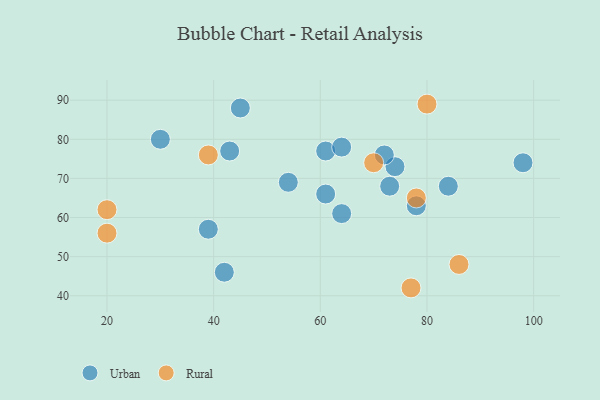
{"axis": {"x": "GDP", "y": "Life Expectancy"}, "legend": ["Rural", "Urban"], "data": [{"x": "78", "y": 63, "type": "Urban"}, {"x": "39", "y": 57, "type": "Urban"}, {"x": "54", "y": 69, "type": "Urban"}, {"x": "30", "y": 80, "type": "Urban"}, {"x": "74", "y": 73, "type": "Urban"}, {"x": "45", "y": 88, "type": "Urban"}, {"x": "43", "y": 77, "type": "Urban"}, {"x": "42", "y": 46, "type": "Urban"}, {"x": "98", "y": 74, "type": "Urban"}, {"x": "61", "y": 66, "type": "Urban"}, {"x": "72", "y": 76, "type": "Urban"}, {"x": "64", "y": 61, "type": "Urban"}, {"x": "61", "y": 77, "type": "Urban"}, {"x": "64", "y": 78, "type": "Urban"}, {"x": "84", "y": 68, "type": "Urban"}, {"x": "73", "y": 68, "type": "Urban"}, {"x": "20", "y": 56, "type": "Rural"}, {"x": "70", "y": 74, "type": "Rural"}, {"x": "78", "y": 65, "type": "Rural"}, {"x": "80", "y": 89, "type": "Rural"}, {"x": "20", "y": 62, "type": "Rural"}, {"x": "86", "y": 48, "type": "Rural"}, {"x": "39", "y": 76, "type": "Rural"}, {"x": "77", "y": 42, "type": "Rural"}]}